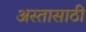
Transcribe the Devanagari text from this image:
अस्तासाठी